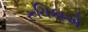
રૂચિકાએ